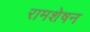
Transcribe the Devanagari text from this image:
रामशेषन